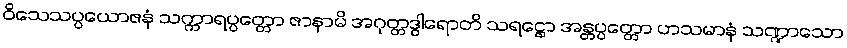
ဝိသေသပ္ပယောဇနံ သက္ကာရပ္ပတ္တော ဇာနာမိ အဂုတ္တဒွါရောတိ သရဋ္ဌော အန္တပ္ပတ္တော ဟသမာနံ သဏ္ဍာသော